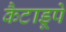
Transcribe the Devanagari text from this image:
कैटाडूपे